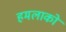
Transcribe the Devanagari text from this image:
हमलाको